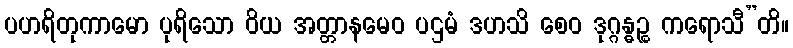
ပဟရိတုကာမော ပုရိသော ဝိယ အတ္တာနမေဝ ပဌမံ ဒဟသိ စေဝ ဒုဂ္ဂန္ဓဉ္စ ကရောသီ”တိ။